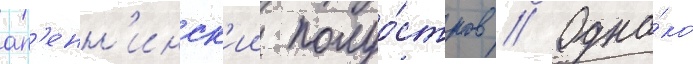
ап'енн'инск'ии полуо́стров // Одна́ко